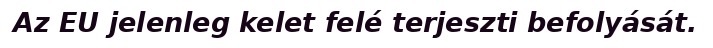
Az EU jelenleg kelet felé terjeszti befolyását.